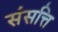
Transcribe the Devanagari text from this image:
संसत्ति